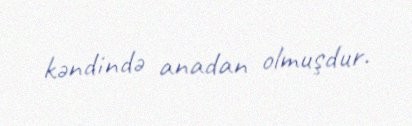
kəndində anadan olmuşdur.